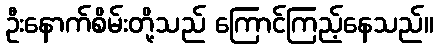
ဦးနောက်စိမ်းတို့သည် ကြောင်ကြည့်နေသည်။